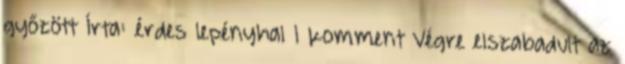
győzött Írta: érdes lepényhal 1 komment Végre elszabadult az